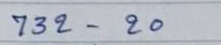
732 - 20